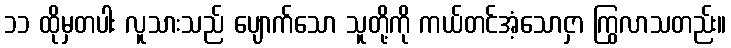
၁၁ ထိုမှတပါး လူသားသည် ပျောက်သော သူတို့ကို ကယ်တင်အံ့သောငှာ ကြွလာသတည်း။